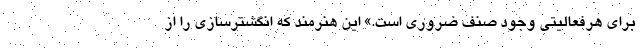
برای هرفعالیتی وجود صنف ضروری است.» این هنرمند که انگشترسازی را از